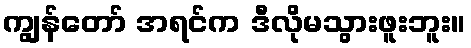
ကျွန်တော် အရင်က ဒီလိုမသွားဖူးဘူး။